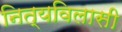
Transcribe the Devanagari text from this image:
नित्यविलासी